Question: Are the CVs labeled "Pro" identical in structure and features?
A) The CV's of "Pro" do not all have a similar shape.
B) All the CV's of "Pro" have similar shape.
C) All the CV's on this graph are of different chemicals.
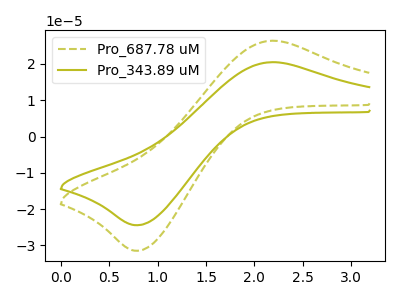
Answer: <think>The olive dashed curve "Pro_687.78 uM" has an anodic peak at (2.20V, 26.40uA) and a cathodic peak at (0.80V, -31.45uA). The olive curve "Pro_343.89 uM" has an anodic peak at (2.20V, 20.50uA) and a cathodic peak at (0.80V, -24.40uA).
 All the peaks in "Pro_687.78 uM" have a peak in "Pro_343.89 uM" at the same potential. Every peak in "Pro_687.78 uM" is higher than every peak in "Pro_343.89 uM".</think>
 <answer>B) All the CV's of "Pro" have similar shape.</answer>
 <eval>B</eval>